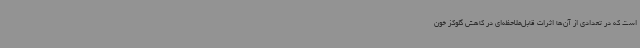
است که در تعدادی از آن‌ها اثرات قابل‌ملاحظه‌ای در کاهش گلوکز خون